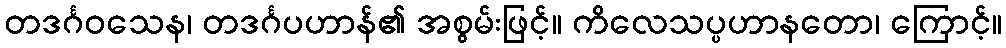
တဒင်္ဂဝသေန၊ တဒင်္ဂပဟာန်၏ အစွမ်းဖြင့်။ ကိလေသပ္ပဟာနတော၊ ကြောင့်။